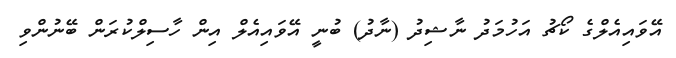
އޭވައިއެލްގެ ކޯޗު އަހުމަދު ނާޝިދު (ނާދު) ބުނީ އޭވައިއެލް އިން ހާސިލްކުރަން ބޭނުންވި